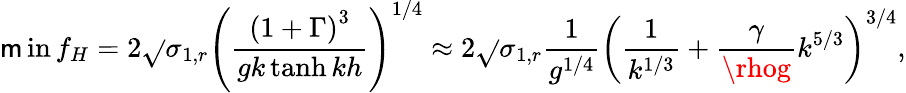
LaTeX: \operatorname*{\mathsf{m}in}{f_{H}}=2\sqrt{}{{\sigma_{1,r}}}\left(\frac{{\left(1+\Gamma\right)^{3}}}{{gk\operatorname{tanh}{kh}}}\right)^{1/4}\approx2\sqrt{}{{\sigma_{1,r}}}\frac{{1}}{{g^{1/4}}}\left(\frac{{1}}{{k^{1/3}}}+\frac{{\gamma}}{{\rhog}}k^{5/3}\right)^{3/4},